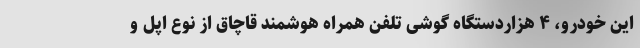
این خودرو، ۴ هزاردستگاه گوشی تلفن همراه هوشمند قاچاق از نوع اپل و